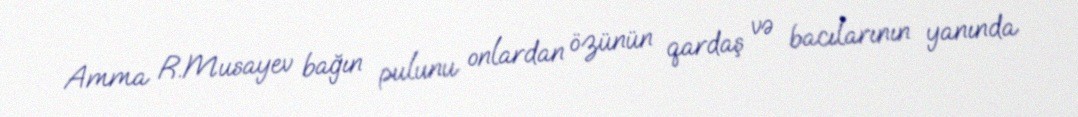
Amma R.Musayev bağın pulunu onlardan özünün qardaş və bacılarının yanında